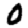
Digit: 0